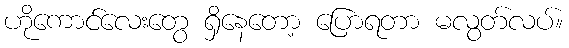
ဟိုကောင်လေးတွေ ရှိနေတော့ ပြောရတာ မလွတ်လပ်။